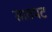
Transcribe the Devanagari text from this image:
सातपट